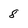
Character: 8